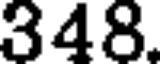
348.